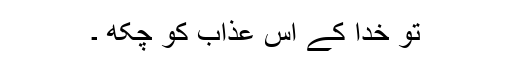
تو خدا کے اس عذاب کو چکھ ۔